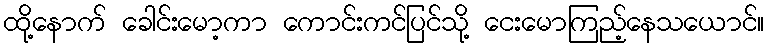
ထို့နောက် ခေါင်းမော့ကာ ကောင်းကင်ပြင်သို့ ငေးမောကြည့်နေသယောင်။